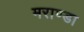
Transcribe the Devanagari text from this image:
मराण्डा